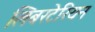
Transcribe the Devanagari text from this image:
लिबरटेरियन